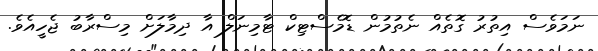
ނަމަވެސް އިތުރު ގޮތެއް ނެތުމުން ޑޮމެސްޓިކް ޓާމިނަލް އާ ދިމާލަށް މިސްރާބު ޖެހީއެވެ.